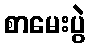
စာမေးပွဲ